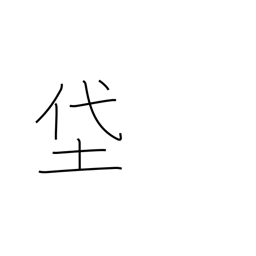
Meaning: muddy fields